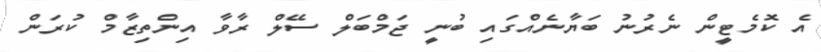
އެ ކޮމެޓީން ނެރުނު ބަޔާނެއްގައި ބުނީ ޖަމްބަލް ސޭލް ރާވާ އިންތިޒާމް ކުރަން